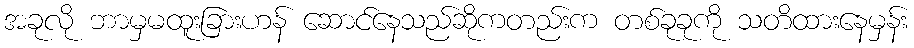
အခုလို ဘာမှမထူးခြားဟန် ဆောင်နေသည်ဆိုကတည်းက တစ်ခုခုကို သတိထားနေမှန်း